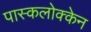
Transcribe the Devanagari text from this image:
पास्कलोक्केन